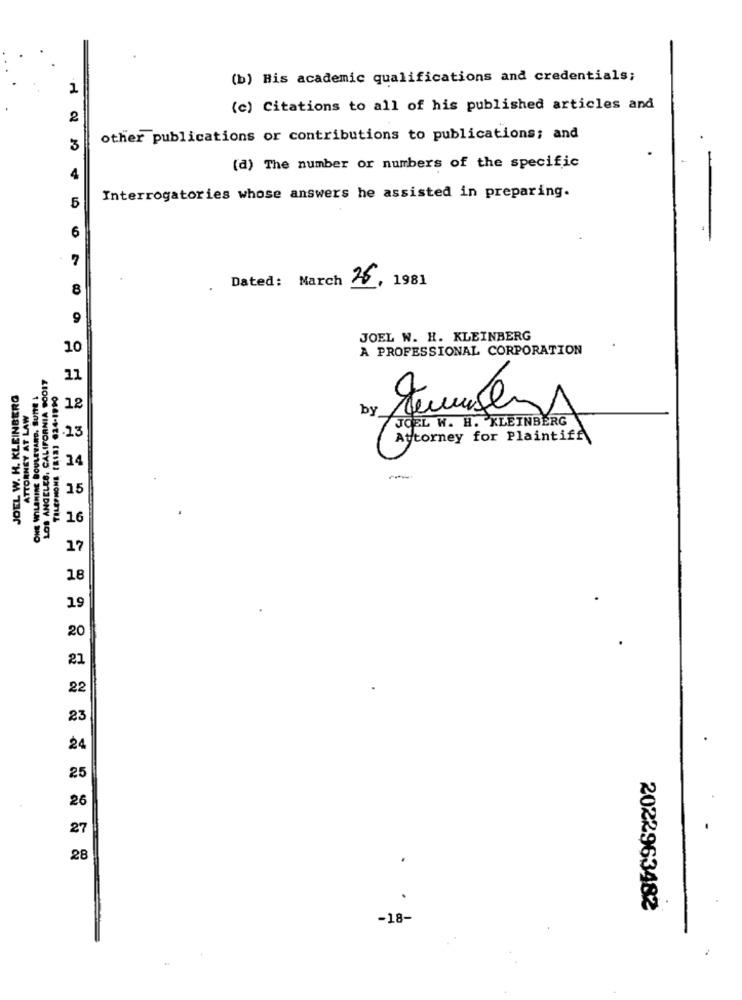
(b) His academic qualifications and credentials;
2
(c) Citations to all of his published articles and
2
other publications or contributions to publications; and
3
(d) The number or numbers of the specific
4
-
5
Interrogatories whose answers he assisted in preparing.
6
7
1981
8
. Dated: March
26.
9
JOEL W. H. KLEINBERG
10
A PROFESSIONAL CORPORATION
LOS ANGELES, CALIFORNIA $OOIT
11
JOEL W. H. KLEINBERG
ONE WILSHIRE BOULEVARD, SUITE 1
TORNEY AT LAW
12
by
TemperA
-23
JOEL W. H. KLEINBERG
Attorney for Plaintiff
34
15
16
17
18
19
20
21
22
23
24
25
26
27
28
2022963482
-18-